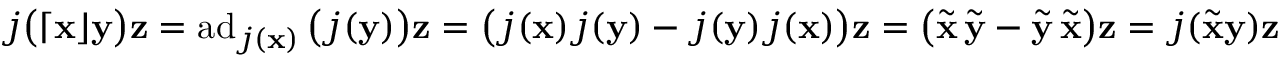
j \big ( \lceil \mathbf x \rfloor \mathbf y \big ) \mathbf z = \operatorname { a d } _ { j ( \mathbf x ) } \big ( j ( \mathbf y ) \big ) \mathbf z = \big ( j ( \mathbf x ) j ( \mathbf y ) - j ( \mathbf y ) j ( \mathbf x ) \big ) \mathbf z = \big ( \widetilde { \mathbf x } \, \widetilde { \mathbf y } - \widetilde { \mathbf y } \, \widetilde { \mathbf x } \big ) \mathbf z = j ( \widetilde { \mathbf x } \mathbf y ) \mathbf z